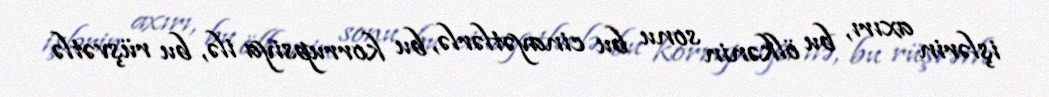
işlərin axırı, bu ölkənin sonu bu cinayətlərlə, bu korrupsiya ilə, bu rüşvətlə